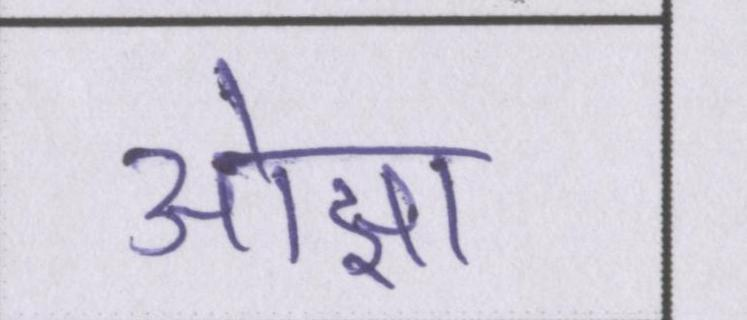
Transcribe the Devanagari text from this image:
ओझा